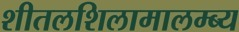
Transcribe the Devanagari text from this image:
शीतलशिलामालम्ब्य